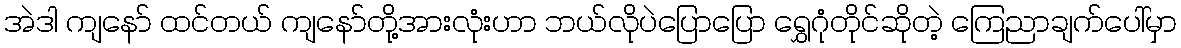
အဲဒါ ကျနော် ထင်တယ် ကျနော်တို့အားလုံးဟာ ဘယ်လိုပဲပြောပြော ရွှေဂုံတိုင်ဆိုတဲ့ ကြေညာချက်ပေါ်မှာ